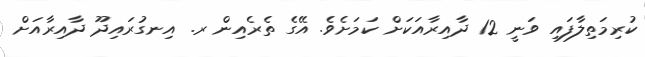
ކުރިމަތިލާފައި ވަނީ 12 ދާއިރާއަކަށް ކަމަށެވެ. އޭގެ ތެރެއިން ރ. އިނގުރައިދޫ ދާއިރާއަށް